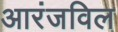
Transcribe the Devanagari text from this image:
आरंजविल